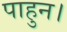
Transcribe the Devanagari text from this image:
पाहुन।